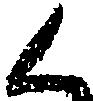
く